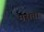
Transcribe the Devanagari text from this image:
मसता